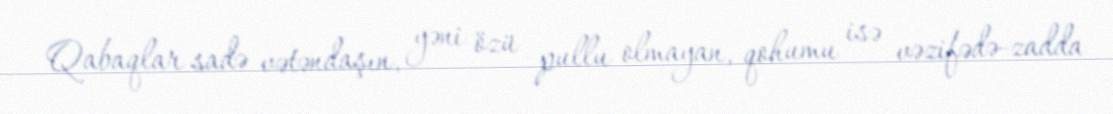
Qabaqlar sadə vətəndaşın, yəni özü pullu olmayan, qohumu isə vəzifədə-zadda